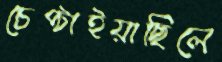
চেপ্‌টাইয়াছিলে